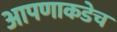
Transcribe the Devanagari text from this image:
आपणाकडेच